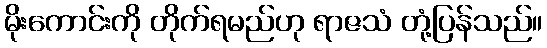
မိုးကောင်းကို တိုက်ရမည်ဟု ရာဇသံ တုံ့ပြန်သည်။